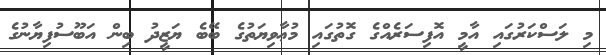
މި ލަސްކަރުގައި އާމީ އޮފިސަރެއްގެ ގޮތުގައި މުޢާވިޔަތުގެ ބޭބެ ޔަޒީދު ބިން އަބޫސުފިޔާނުގެ